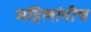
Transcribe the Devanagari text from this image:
महिलांनीच